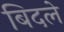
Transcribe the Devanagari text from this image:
बिदले